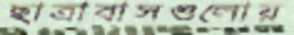
ছাত্রাবাসগুলোয়